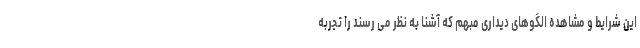
این شرایط و مشاهده الگوهای دیداری مبهم که آشنا به نظر می رسند را تجربه